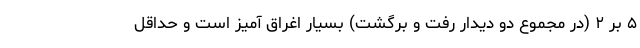
۵ بر ۲ (در مجموع دو دیدار رفت و برگشت) بسیار اغراق آمیز است و حداقل